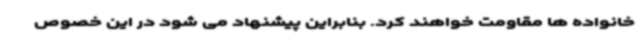
خانواده ها مقاومت خواهند کرد. بنابراین پیشنهاد می شود در این خصوص